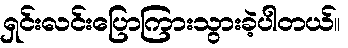
ရှင်းလင်းပြောကြားသွားခဲ့ပါတယ်။